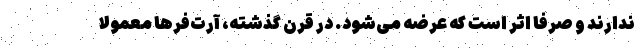
ندارند و صرفاً اثر است که عرضه می‌شود. در قرن گذشته، آرت‌فرها معمولاً